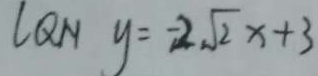
l Q N y = - 2 \sqrt { 2 } x + 3